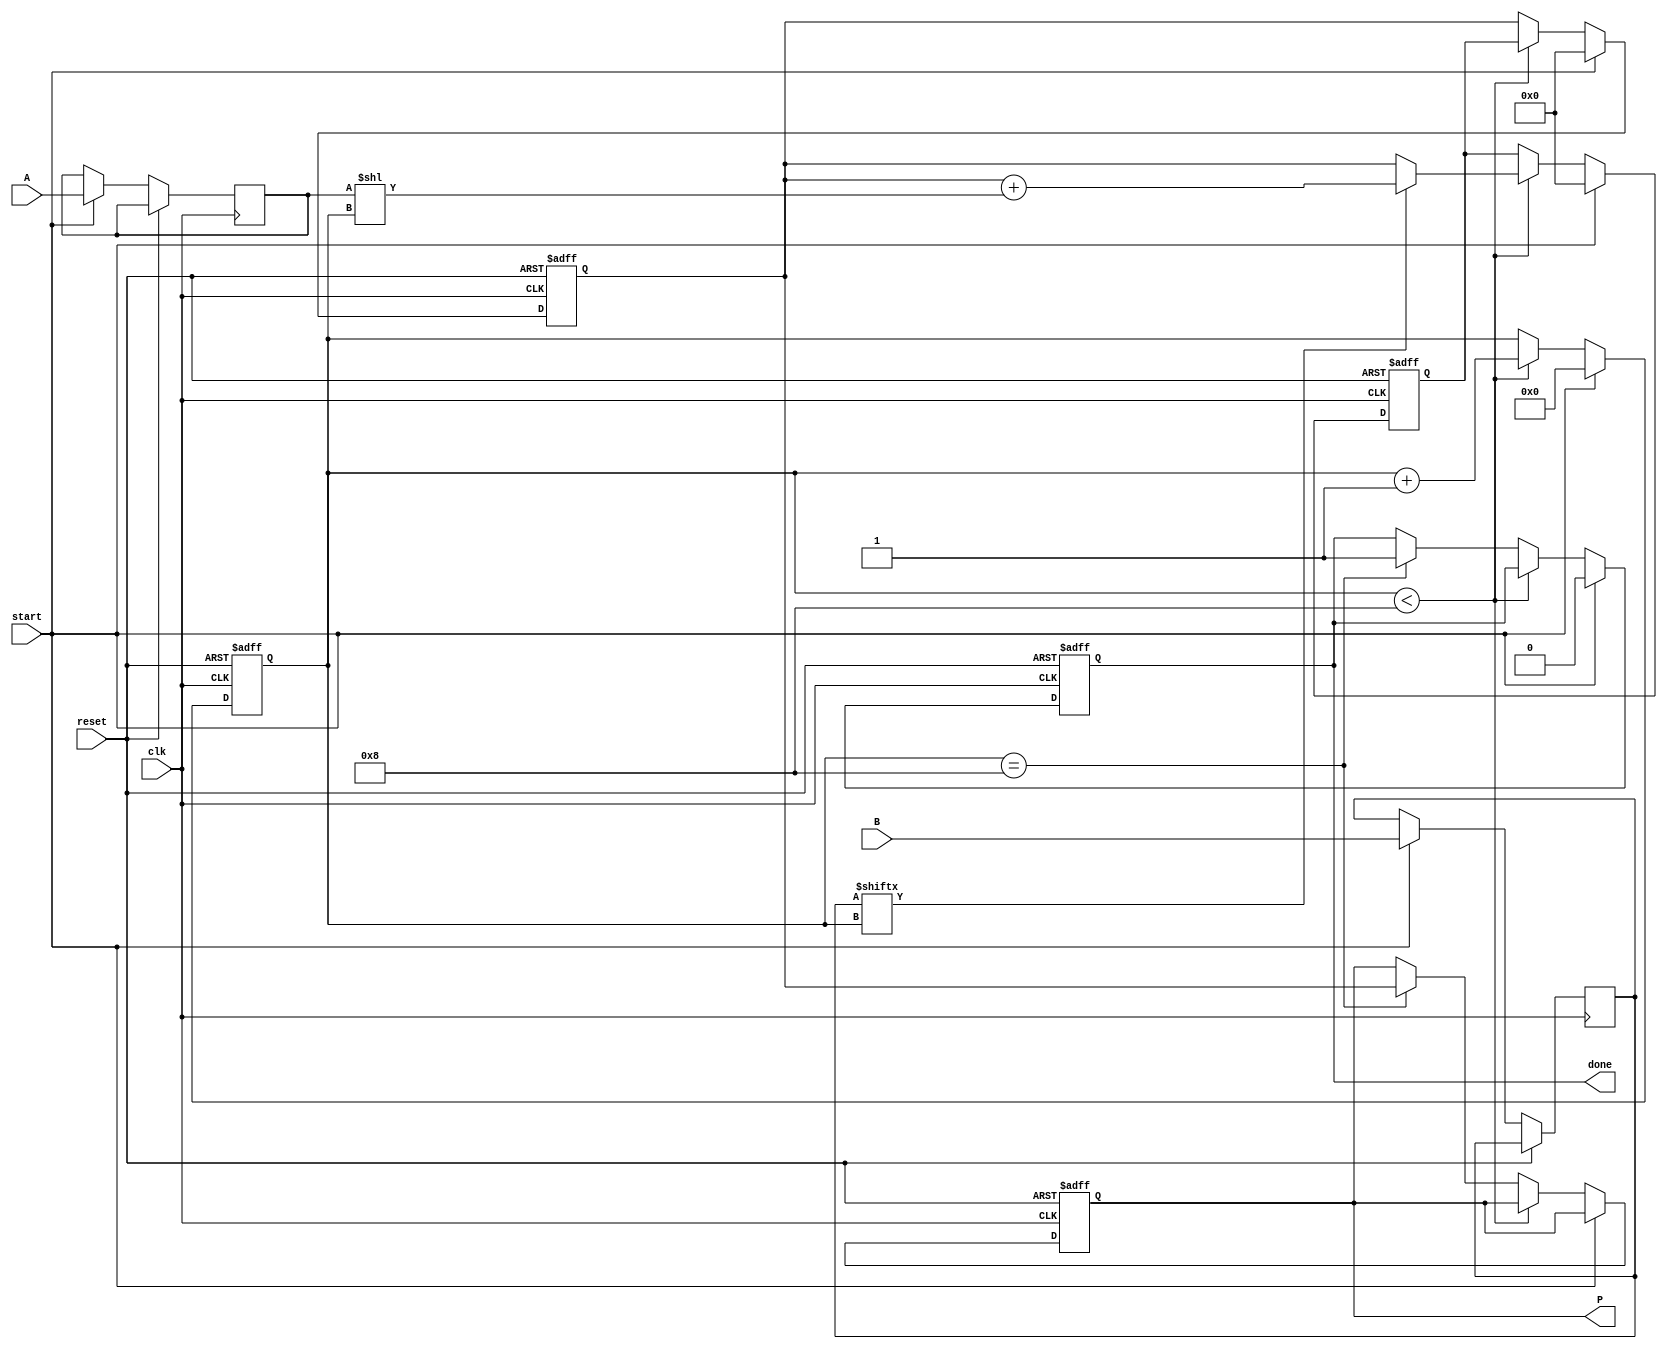
module radix2_multiplier #(parameter N = 8) (
    input wire [N-1:0] A,         // Multiplicand
    input wire [N-1:0] B,         // Multiplier
    input wire start,              // Control signal to start multiplication
    input wire clk,                // Clock signal
    input wire reset,              // Reset signal
    output reg [2*N-1:0] P,        // Product output
    output reg done                // Multiplication complete signal
);

    reg [N-1:0] multiplicand;      // Holds A
    reg [N-1:0] multiplier;         // Holds B
    reg [2*N-1:0] partial_product;  // Holds the intermediate results
    reg [3:0] count;               // Bit count for multiplication
    reg [2*N-1:0] sum;             // Sum for the partial products

    always @(posedge clk or posedge reset) begin
        if (reset) begin
            P <= 0;
            done <= 0;
            count <= 0;
            partial_product <= 0;
            sum <= 0;
        end else if (start) begin
            // Initialize values
            multiplicand <= A;
            multiplier <= B;
            count <= 0;
            partial_product <= 0;
            sum <= 0;
            done <= 0;
        end else if (count < N) begin
            // Check if the current bit of the multiplier is 1
            if (multiplier[count]) begin
                // Add the shifted multiplicand to the partial product
                sum <= partial_product + (multiplicand << count);
            end else begin
                sum <= partial_product; // No addition if the bit is 0
            end
            
            // Update the partial product and increment count
            partial_product <= sum;
            count <= count + 1;
        end else if (count == N) begin
            // When all bits are processed, finalize product
            P <= partial_product;
            done <= 1; // Indicate multiplication is done
        end
    end

endmodule